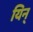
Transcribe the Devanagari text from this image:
यिन्